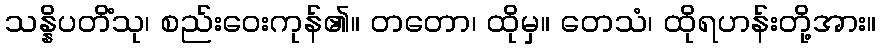
သန္နိပတိံသု၊ စည်းဝေးကုန်၏။ တတော၊ ထိုမှ။ တေသံ၊ ထိုရဟန်းတို့အား။